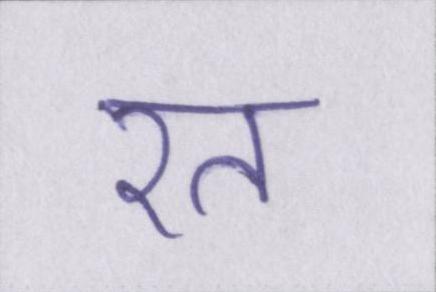
रत